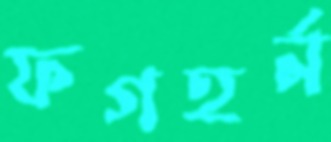
ফগহর্ন